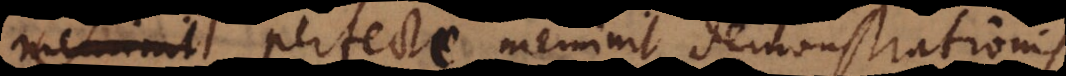
meminit perfecte meminit demonstrationis.